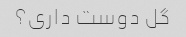
گل دوست داری؟